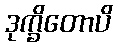
ဒုက္ခိတောပိ